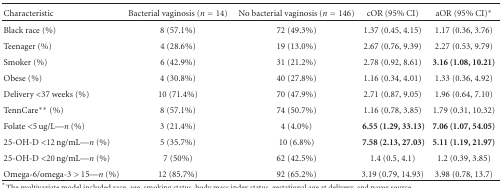
| Characteristic | Bacterial vaginosis (n = 14) | No bacterial vaginosis (n = 146) | cOR (95% CI) | aOR (95% CI)* |
 | --- | --- | --- | --- | --- |
 | Black race (%) | 8 (57.1%) | 72 (49.3%) | 1.37 (0.45, 4.15) | 1.17 (0.36, 3.76) |
 | Teenager (%) | 4 (28.6%) | 19 (13.0%) | 2.67 (0.76, 9.39) | 2.27 (0.53, 9.79) |
 | Smoker (%) | 6 (42.9%) | 31 (21.2%) | 2.78 (0.92, 8.61) | 3.16 (1.08, 10.21) |
 | Obese (%) | 4 (30.8%) | 40 (27.8%) | 1.16 (0.34, 4.01) | 1.33 (0.36, 4.92) |
 | Delivery <37 weeks (%) | 10 (71.4%) | 70 (47.9%) | 2.71 (0.87, 9.05) | 1.96 (0.64, 7.10) |
 | TennCare** (%) | 8 (57.1%) | 74 (50.7%) | 1.16 (0.78, 3.85) | 1.79 (0.31, 10.32) |
 | Folate <5 ug/L—n (%) | 3 (21.4%) | 4 (4.0%) | 6.55 (1.29, 33.13) | 7.06 (1.07, 54.05) |
 | 25-OH-D <12 ng/mL—n (%) | 5 (35.7%) | 10 (6.8%) | 7.58 (2.13, 27.03) | 5.11 (1.19, 21.97) |
 | 25-OH-D <20 ng/mL—n (%) | 7 (50%) | 62 (42.5%) | 1.4 (0.5, 4.1) | 1.2 (0.39, 3.85) |
 | Omega-6/omega-3 > 15—n (%) | 12 (85.7%) | 92 (65.2%) | 3.19 (0.79, 14.93) | 3.98 (0.78, 13.7) |